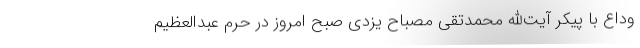
وداع با پیکر آیت‌الله محمدتقی مصباح یزدی صبح امروز در حرم عبدالعظیم